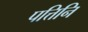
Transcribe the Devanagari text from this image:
पत्तिनि